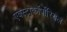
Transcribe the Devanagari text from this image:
एक्स्ट्राकॉर्पोरियल